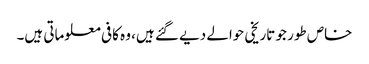
خاص طور جو تاریخی حوالے دیے گئے ہیں، وہ کافی معلوماتی ہیں۔